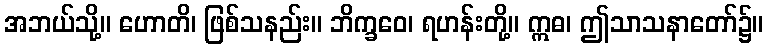
အဘယ်သို့။ ဟောတိ၊ ဖြစ်သနည်း။ ဘိက္ခဝေ၊ ရဟန်းတို့။ ဣဓ၊ ဤသာသနာတော်၌။